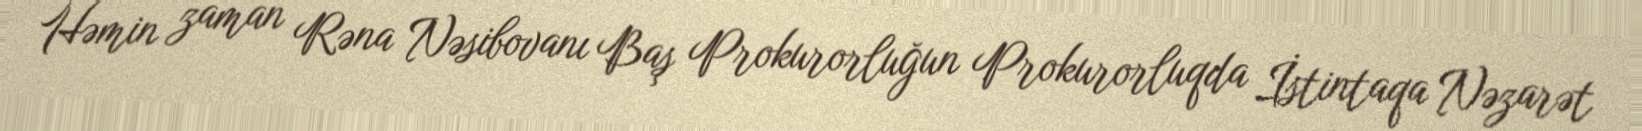
Həmin zaman Rəna Nəsibovanı Baş Prokurorluğun Prokurorluqda İstintaqa Nəzarət